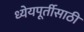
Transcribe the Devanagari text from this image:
ध्येयपूर्तीसाठी